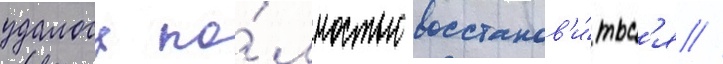
удалось по́лностью восстанов'и́тьс'я //